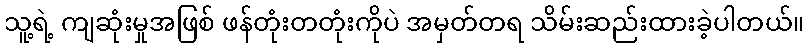
သူ့ရဲ့ ကျဆုံးမှုအဖြစ် ဖန်တုံးတတုံးကိုပဲ အမှတ်တရ သိမ်းဆည်းထားခဲ့ပါတယ်။